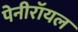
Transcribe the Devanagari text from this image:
पेनीरॉयल